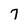
Character: 7